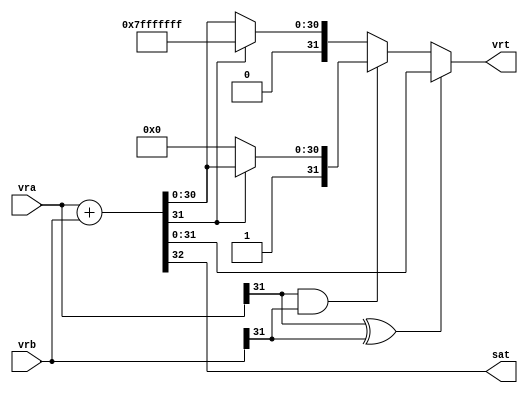
module vaddsws( vra, vrb, vrt, sat );

input  [31 : 0] vra;
input  [31 : 0] vrb;
output [31 : 0] vrt;
output          sat;

wire   [31 : 0] sum;
wire   [31 : 0] vrt;
wire            sat;

assign {sat, sum}	= vra + vrb;
assign vrt = (vra[31]^vrb[31]) ? sum : (vra[31]&&vrb[31] ? (sum[31] ? sum : 32'h80000000) : (sum[31] ? 32'h7fffffff : sum));

endmodule